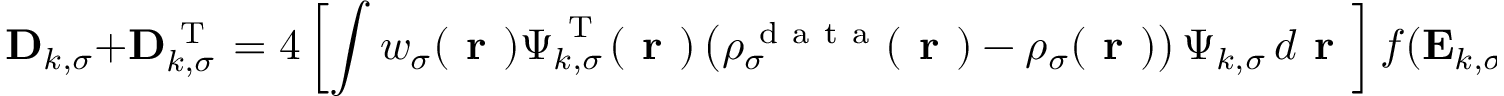
\mathbf { D } _ { k , \sigma } + \mathbf { D } _ { k , \sigma } ^ { \mathrm { ~ T ~ } } = 4 \left[ \int w _ { \sigma } ( \boldsymbol { \textbf { r } } ) \boldsymbol { \Psi } _ { k , \sigma } ^ { \mathrm { ~ T ~ } } ( \boldsymbol { \textbf { r } } ) \left( \rho _ { \sigma } ^ { \mathrm { ~ d ~ a ~ t ~ a ~ } } ( \boldsymbol { \textbf { r } } ) - \rho _ { \sigma } ( \boldsymbol { \textbf { r } } ) \right) \boldsymbol { \Psi } _ { k , \sigma } \, d \boldsymbol { \textbf { r } } \right] f ( \mathbf { E } _ { k , \sigma } ) \, ,